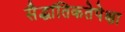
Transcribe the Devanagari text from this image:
सैद्धांतिकतेपेक्षा